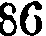
86